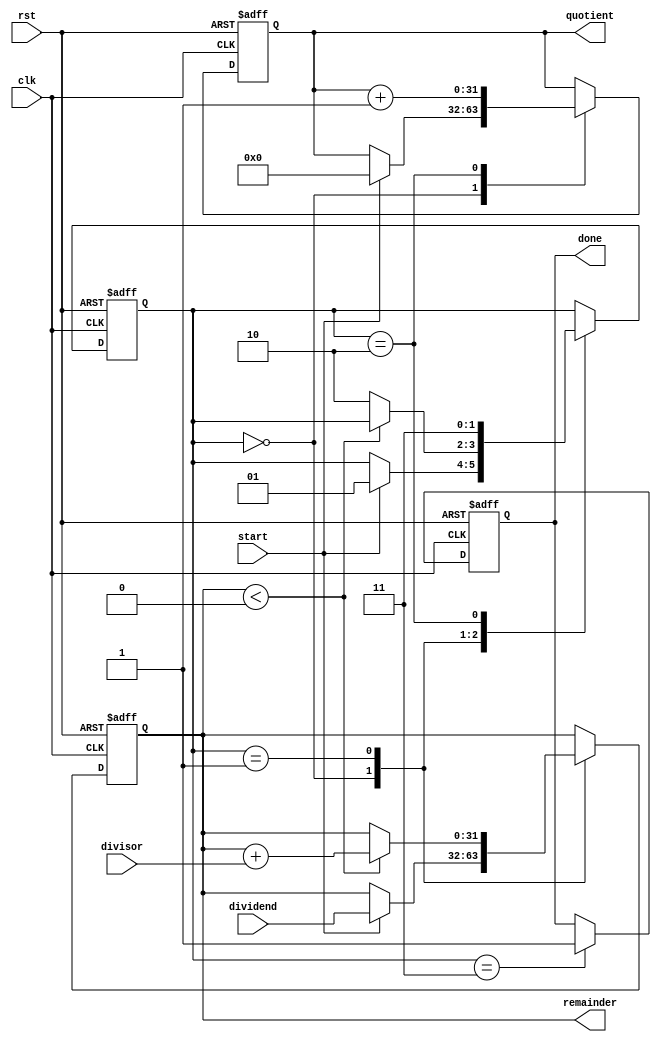
module non_restoring_divider (
    input wire clk,
    input wire rst,
    input wire start,
    input wire [31:0] dividend,
    input wire [31:0] divisor,
    output reg [31:0] quotient,
    output reg [31:0] remainder,
    output reg done
);

reg [31:0] dividend_reg;
reg [31:0] remainder_reg;
reg [31:0] quotient_reg;
reg [1:0] state; // 00 = Initialization, 01 = Subtraction, 10 = Quotient Increment, 11 = Done

always @(posedge clk or posedge rst) begin
    if (rst) begin
        dividend_reg <= 32'd0;
        remainder_reg <= 32'd0;
        quotient_reg <= 32'd0;
        state <= 2'b00;
        done <= 1'b0;
    end else begin
        case(state)
            2'b00: begin // Initialization
                if (start) begin
                    dividend_reg <= dividend;
                    remainder_reg <= dividend;
                    quotient_reg <= 32'd0;
                    state <= 2'b01;
                end
            end
            2'b01: begin // Subtraction
                if (remainder_reg < 0) begin
                    remainder_reg <= remainder_reg + divisor;
                end else begin
                    remainder_reg <= remainder_reg;
                    state <= 2'b10;
                end
            end
            2'b10: begin // Quotient Increment
                quotient_reg <= quotient_reg + 1;
                state <= 2'b11;
            end
            2'b11: begin // Done
                done <= 1'b1;
            end
        endcase
    end
end

assign quotient = quotient_reg;
assign remainder = remainder_reg;

endmodule